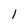
Character: 1